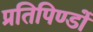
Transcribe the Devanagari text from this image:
प्रतिपिण्डों